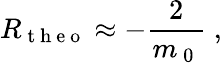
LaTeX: R_{\mathrm{~t~h~e~o~}}\approx-\frac{2}{m_{\mathrm{~0~}}}\; ,